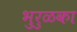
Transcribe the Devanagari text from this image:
भुरुळका